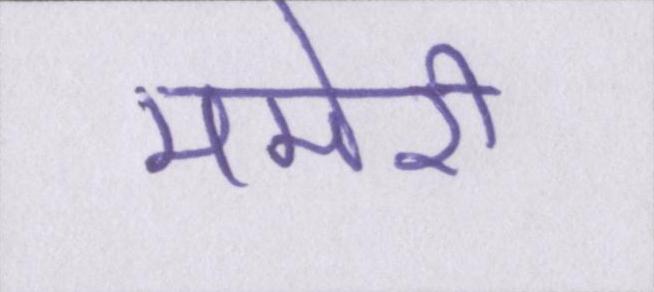
ममेरी